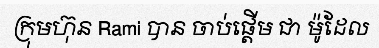
ក្រុមហ៊ុន Rami បាន ចាប់ផ្តើម ជា ម៉ូដែល